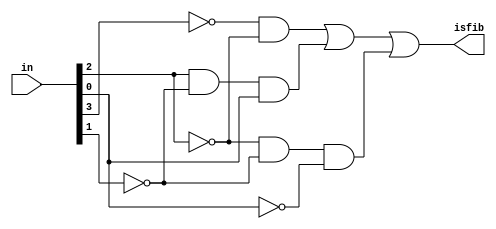
module q7_4 (
    in,
    isfib
);
    input [3:0] in;
    output isfib;

    wire a1, a2, a3;

    and and1(a1, ~in[3], ~in[2]);
    and and2(a2, in[2], ~in[1], in[0]);
    and and3(a3, ~in[2], ~in[1], ~in[0]);
    or or1(isfib, a1, a2, a3);

endmodule